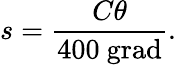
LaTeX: s={\frac{C\theta}{400\ {\mathrm{grad}}}}.